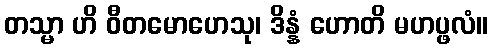
တသ္မာ ဟိ ဝီတမောဟေသု၊ ဒိန္နံ ဟောတိ မဟပ္ဖလံ။